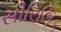
સીરિલિક